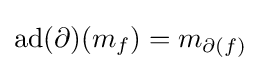
\operatorname {ad} (\partial )(m_{f})=m_{\partial (f)}